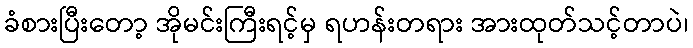
ခံစားပြီးတော့ အိုမင်းကြီးရင့်မှ ရဟန်းတရား အားထုတ်သင့်တာပဲ၊